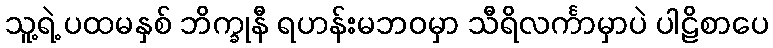
သူ့ရဲ့ ပထမနှစ် ဘိက္ခုနီ ရဟန်းမဘဝမှာ သီရိလင်္ကာမှာပဲ ပါဠိစာပေ